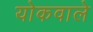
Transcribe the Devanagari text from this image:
योकवाले